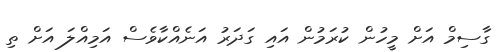
ގާސިމް އަށް މީހުން ކުރަމުން އައި ގަދަރު އަނެއްކާވެސް އަމިއްލަ އަށް ތި